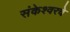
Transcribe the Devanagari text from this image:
संकेश्वरचे